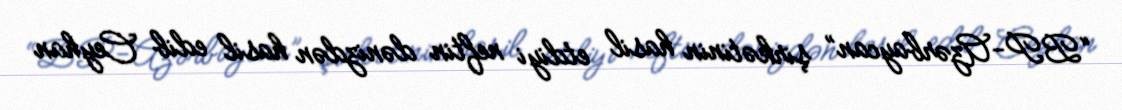
“BP-Azərbaycan” şirkətinin hasil etdiyi neftin dənizdən hasil edib Ceyhan